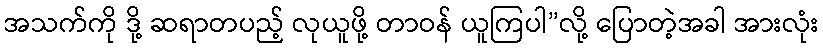
အသက်ကို ဒို့ ဆရာတပည့် လုယူဖို့ တာဝန် ယူကြပါ”လို့ ပြောတဲ့အခါ အားလုံး